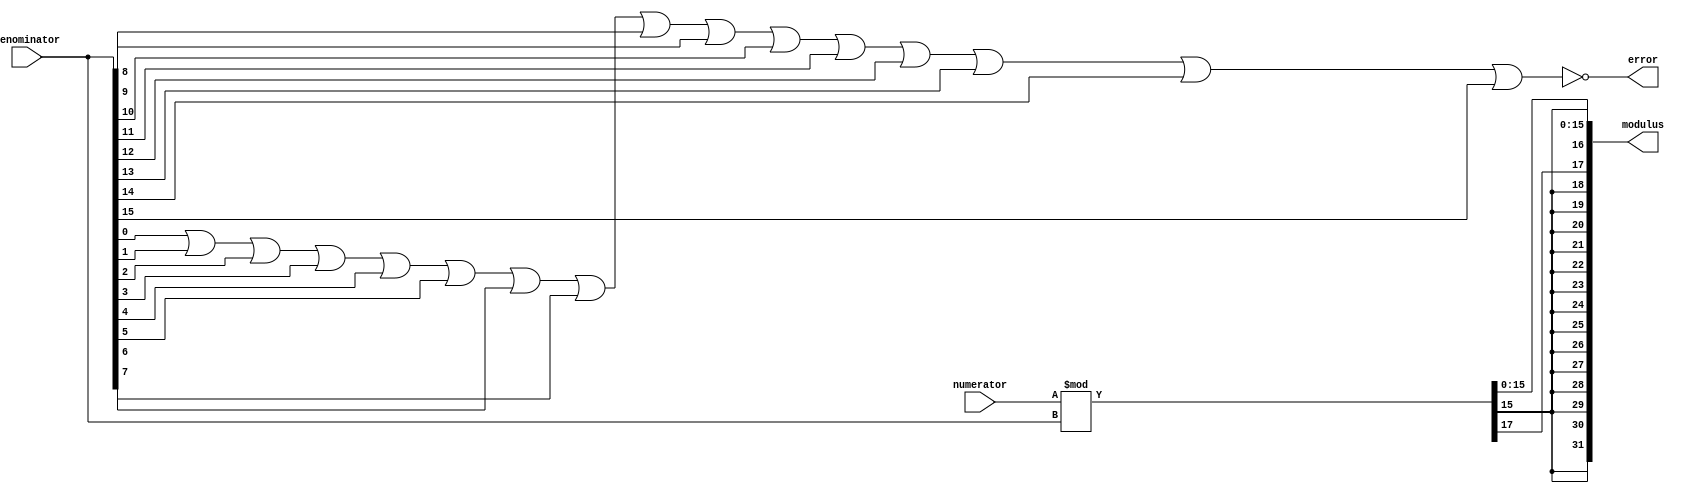
//-------------------------------------------------
//
// Sample Behavioral Modulus with padded 4-bits
// Eric William Becker
// September 25, 2022
//
// For my students this semester.
//
//-------------------------------------------------


module SixTeenBitModulus(numerator,denominator,modulus,error);
// changed inputs to 16 bits
input [15:0] numerator;
input [15:0] denominator;
// changed outputs to 32 bits
output [31:0] modulus;
output error;

// changed wires to 16 bits
wire [15:0] numerator;
wire [15:0] denominator;
//changed register to 32 bits
reg [31:0] modulus;
reg error;

always @(numerator,denominator)
begin
modulus=numerator%denominator;
// adjusted to match sample code but with new bit ammounts
modulus[16]=modulus[15];
modulus[16]=modulus[15];
modulus[18]=modulus[15];
modulus[19]=modulus[15];
modulus[20]=modulus[15];
modulus[21]=modulus[15];
modulus[22]=modulus[15];
modulus[23]=modulus[15];
modulus[24]=modulus[15];
modulus[25]=modulus[15];
modulus[26]=modulus[15];
modulus[27]=modulus[15];
modulus[28]=modulus[15];
modulus[29]=modulus[15];
modulus[30]=modulus[15];
modulus[31]=modulus[15];

// checks for divide by zero but with 16 bits
error=~(denominator[0]|denominator[1]|denominator[2]|denominator[3]|denominator[4]|denominator[5]|denominator[6]|denominator[7]|denominator[8]|denominator[9]|denominator[10]|denominator[11]|denominator[12]|denominator[13]|denominator[14]|denominator[15]);
end
endmodule



/*
module testbench();

reg [3:0]inputA;
reg [3:0]inputB;
wire [3:0] modulus;
wire error;

SixTeenBitModulus M40(inputB,inputA,modulus,error);

initial begin
	inputB=4'b1111;
	inputA=4'b0010;
	#60;
	$display("%d,%d,%d,%d",inputB,inputA,modulus,error);

	inputB=4'b1111;
	inputA=4'b0000;
	#60;
	$display("%d,%d,%d,%d",inputB,inputA,modulus,error);

end
endmodule
*/